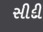
સીદી